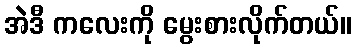
အဲဒီ ကလေးကို မွေးစားလိုက်တယ်။